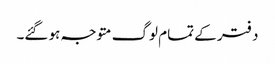
دفتر کے تمام لوگ متوجہ ہو گئے۔